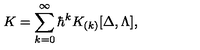
K = \sum _ { k = 0 } ^ { \infty } \hbar ^ { k } K _ { ( k ) } [ \Delta , \Lambda ] ,